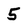
Character: 5